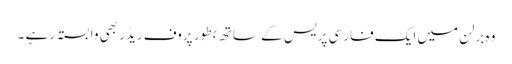
وہ برلن میں ایک فارسی پریس کے ساتھ بطور پروف ریڈر بھی وابستہ رہے ۔